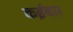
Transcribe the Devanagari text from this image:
कईबार